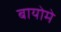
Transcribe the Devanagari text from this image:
बायोमे